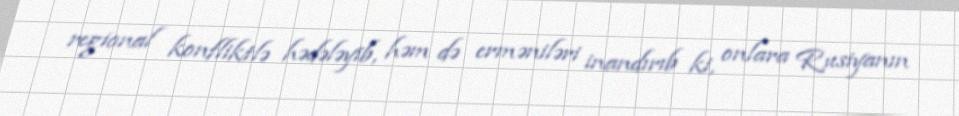
regional konfliktlə hədələyib, həm də erməniləri inandırıb ki, onlara Rusiyanın